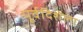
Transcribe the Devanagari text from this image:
पूर्वदिशेला